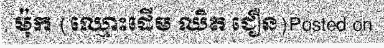
ម៉ុក (ឈ្មោះដើម ឈិត ជឿន)Posted on